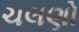
ચલણો